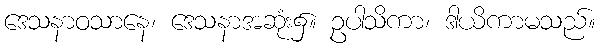
ဒေသနာဝသာနေ၊ ဒေသနာအဆုံး၌။ ဥပါသိကာ၊ ဒါယိကာမသည်။